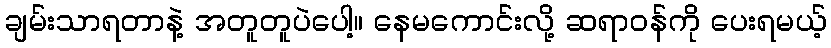
ချမ်းသာရတာနဲ့ အတူတူပဲပေါ့။ နေမကောင်းလို့ ဆရာဝန်ကို ပေးရမယ့်